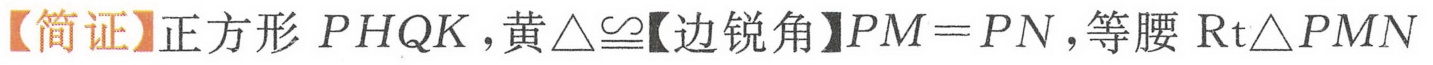
【简证】正方形 \(PHQK\)，黄\(\triangle\cong\)【边锐角】\(PM = PN\)，等腰 \(\text{Rt}\triangle PMN\)